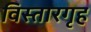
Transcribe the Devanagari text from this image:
विस्तारगृह